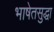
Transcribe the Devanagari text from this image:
भाषेतसुद्धा